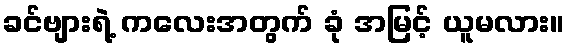
ခင်ဗျားရဲ့ ကလေးအတွက် ခုံ အမြင့် ယူမလား။